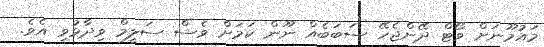
މައުމޫނަށް ވޯޓް ދޭންޖެހޭ ސަބަބެއް ނޫން ކަމަށް ވެސް ސަލީމް ވިދާޅުވި އެވެ.